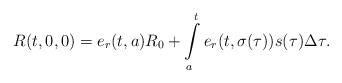
\begin{align*}R(t,0,0)=e_{r}(t,a)R_{0}+\int\limits_{a}^{t}e_{r}(t,\sigma(\tau))s(\tau)\Delta\tau .\end{align*}